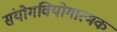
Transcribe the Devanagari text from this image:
संयोगवियोगात्मक